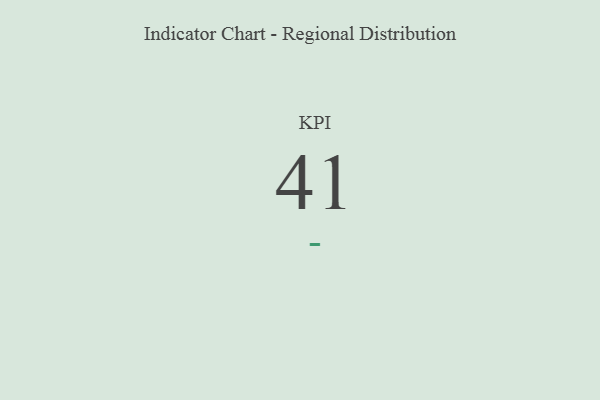
{"axis": {"x": "KPI", "y": "Value"}, "legend": [""], "data": [{"x": "KPI", "y": 41, "type": ""}]}